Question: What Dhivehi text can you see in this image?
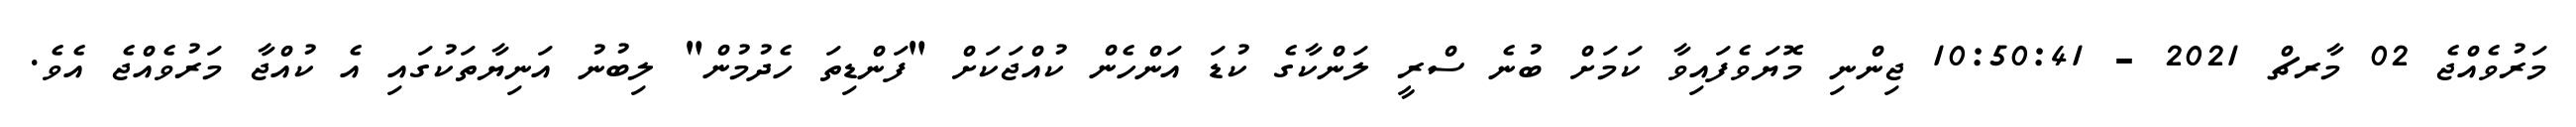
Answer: މަރުވެއްޖެ 02 މާރޗް 2021 - 10:50:41 ޖިންނި މޮޔަވެފައިވާ ކަމަށް ބުނެ ސްރީ ލަންކާގެ ކުޑަ އަންހެން ކުއްޖަކަށް "ފަންޑިތަ ހެދުމުން" ލިބުނު އަނިޔާތަކުގައި އެ ކުއްޖާ މަރުވެއްޖެ އެވެ.